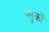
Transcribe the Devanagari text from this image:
प्लुर्कों